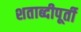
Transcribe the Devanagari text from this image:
शताब्दीपूर्ती